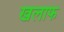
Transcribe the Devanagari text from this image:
खलाफ